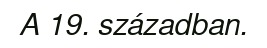
A 19. században.